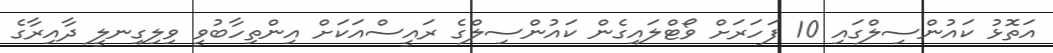
އަތޮޅު ކައުންސިލްގައި 10 ފަހަރަށް ވޯޓްލައިގެން ކައުންސިލްގެ ރައީސްއަކަށް އިންތިހާބުވީ ވިލިގިނލީ ދާއިރާގެ